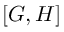
[ G , H ]